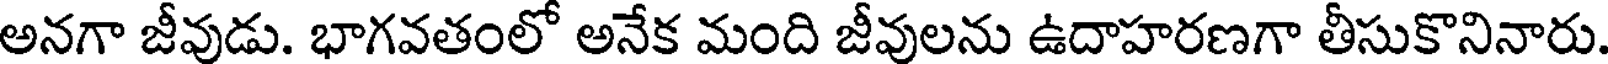
అనగా జీవుడు. భాగవతంలో అనేక మంది జీవులను ఉదాహరణగా తీసుకొనినారు.